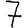
Digit: 7